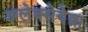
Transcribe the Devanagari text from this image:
अलेक्सेयेव्ना